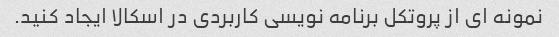
نمونه ای از پروتکل برنامه نویسی کاربردی در اسکالا ایجاد کنید.